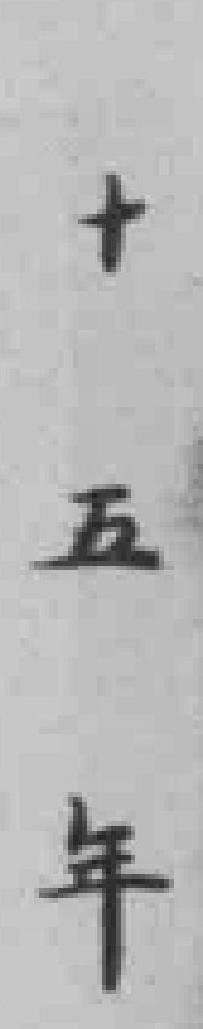
十五年